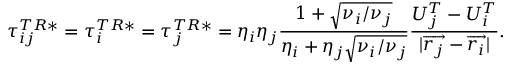
\tau _ { i j } ^ { T R * } = \tau _ { i } ^ { T R * } = \tau _ { j } ^ { T R * } = \eta _ { i } \eta _ { j } \frac { 1 + \sqrt { \nu _ { i } / \nu _ { j } } } { \eta _ { i } + \eta _ { j } \sqrt { \nu _ { i } / \nu _ { j } } } \frac { U _ { j } ^ { T } - U _ { i } ^ { T } } { | \overrightarrow { r _ { j } } - \overrightarrow { r _ { i } } | } .